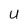
Character: U